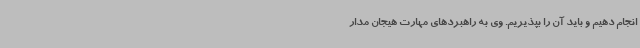
انجام دهیم و باید آن را بپذیریم. وی به راهبردهای مهارت هیجان مدار